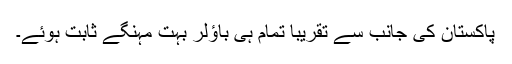
پاکستان کی جانب سے تقریباً تمام ہی باؤلر بہت مہنگے ثابت ہوئے۔